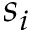
s _ { i }